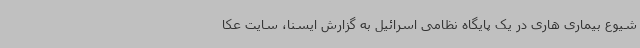
شیوع بیماری هاری در یک پایگاه نظامی اسرائیل به گزارش ایسنا، سایت عکا